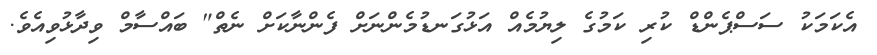
އެކަމަކު ސަސްޕެންޑް ކުރި ކަމުގެ ލިޔުމެއް އަޅުގަނޑުމެންނަށް ފެންނާކަށް ނެތް" ބައްސާމް ވިދާޅުވިއެވެ.